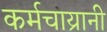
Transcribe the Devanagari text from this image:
कर्मचाय्रानी